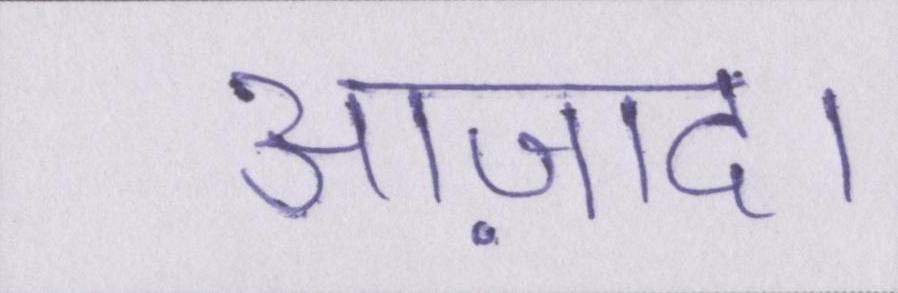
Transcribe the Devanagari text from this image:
आज़ाद।